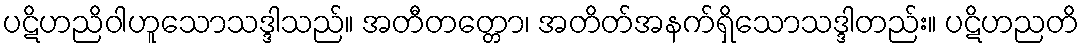
ပဋိဟညိဝါဟူသောသဒ္ဒါသည်။ အတီတတ္တော၊ အတိတ်အနက်ရှိသောသဒ္ဒါတည်း။ ပဋိဟညတိ